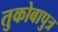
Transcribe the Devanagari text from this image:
तुकोबापुत्र